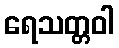
ရေသတ္တဝါ